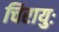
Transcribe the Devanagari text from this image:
चिरायुः